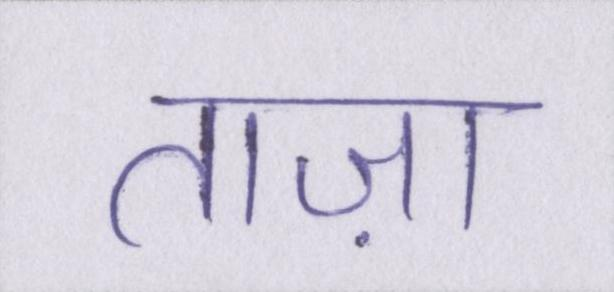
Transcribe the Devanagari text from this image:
ताज़ा